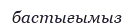
бастығымыз